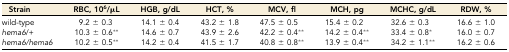
<table><thead><tr><td><b>Strain</b></td><td><b>RBC, 10<sup>6</sup>/μL</b></td><td><b>HGB, g/dL</b></td><td><b>HCT, %</b></td><td><b>MCV, fl</b></td><td><b>MCH, pg</b></td><td><b>MCHC, g/dL</b></td><td><b>RDW, %</b></td></tr></thead><tbody><tr><td>wild-type</td><td>9.2 ± 0.3</td><td>14.1 ± 0.4</td><td>43.2 ± 1.8</td><td>47.5 ± 0.5</td><td>15.4 ± 0.2</td><td>32.6 ± 0.3</td><td>16.6 ± 1.0</td></tr><tr><td><i>hema6</i>/+</td><td>10.3 ± 0.6**</td><td>14.6 ± 0.7</td><td>43.9 ± 2.6</td><td>42.2 ± 0.4**</td><td>14.2 ± 0.4**</td><td>33.4 ± 0.8*</td><td>16.0 ± 0.7</td></tr><tr><td><i>hema6/hema6</i></td><td>10.2 ± 0.5**</td><td>14.2 ± 0.4</td><td>41.5 ± 1.7</td><td>40.8 ± 0.8**</td><td>13.9 ± 0.4**</td><td>34.2 ± 1.1**</td><td>16.2 ± 0.6</td></tr></tbody></table>